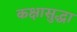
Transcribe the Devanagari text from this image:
कक्षासुद्धा